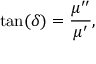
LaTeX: \tan ( \delta ) = { \frac { \mu ^ { \prime \prime } } { \mu ^ { \prime } } } ,